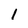
Character: 1